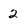
Character: 2